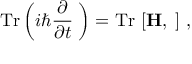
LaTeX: \mathrm { T r } \left( i \hbar { \frac { \partial } { \partial t } } { \bf \rho } \right) = \mathrm { T r } ~ [ { \bf H } , { \bf \rho } ] \ ,